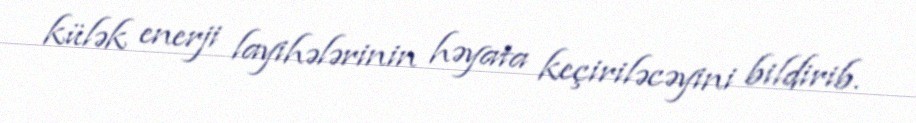
külək enerji layihələrinin həyata keçiriləcəyini bildirib.